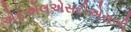
એફએલએસટીએસબી